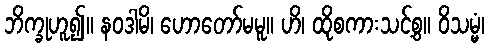
ဘိက္ခုဟူ၍။ နဝဒါမိ၊ ဟောတော်မမူ။ ဟိ၊ ထိုစကားသင့်စွ။ ဝိသမ္မံ၊